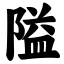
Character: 隘